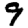
Digit: 9